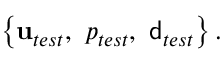
\left\{ \mathbf { u } _ { t e s t } , \ p _ { t e s t } , \ { \mathsf { d } } _ { t e s t } \right\} .